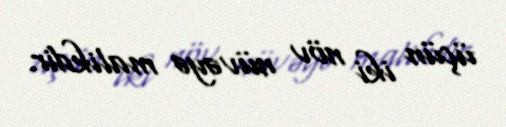
üçün iki növ nüvəyə malikdir.